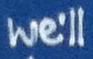
We'll